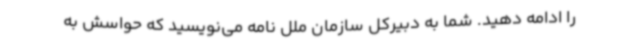
را ادامه دهید. شما به دبیرکل سازمان ملل نامه می‌نویسید که حواسش به